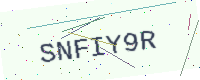
Text: SNFIY9R